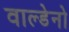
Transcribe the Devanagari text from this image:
वाल्डेनो